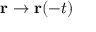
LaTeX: \mathbf { r } \rightarrow \mathbf { r } ( - t )